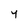
Character: 4